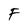
Character: F